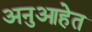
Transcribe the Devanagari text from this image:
अनुआहेत